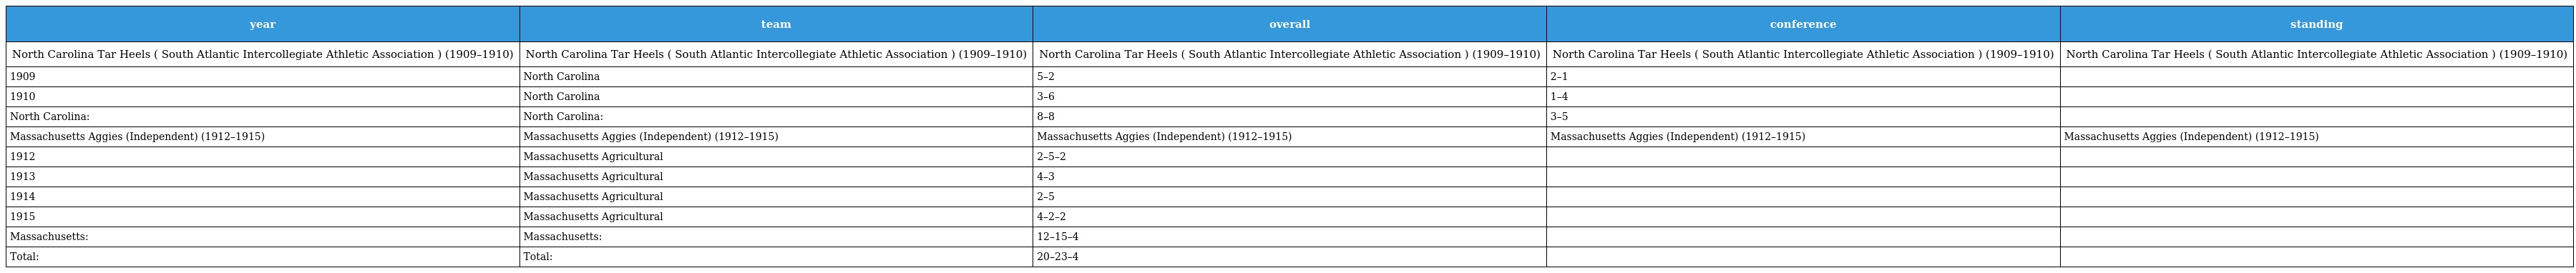
| year | team | overall | conference | standing |
 | --- | --- | --- | --- | --- |
 | North Carolina Tar Heels ( South Atlantic Intercollegiate Athletic Association ) (1909–1910) | North Carolina Tar Heels ( South Atlantic Intercollegiate Athletic Association ) (1909–1910) | North Carolina Tar Heels ( South Atlantic Intercollegiate Athletic Association ) (1909–1910) | North Carolina Tar Heels ( South Atlantic Intercollegiate Athletic Association ) (1909–1910) | North Carolina Tar Heels ( South Atlantic Intercollegiate Athletic Association ) (1909–1910) |
 | 1909 | North Carolina | 5–2 | 2–1 |  |
 | 1910 | North Carolina | 3–6 | 1–4 |  |
 | North Carolina: | North Carolina: | 8–8 | 3–5 |  |
 | Massachusetts Aggies (Independent) (1912–1915) | Massachusetts Aggies (Independent) (1912–1915) | Massachusetts Aggies (Independent) (1912–1915) | Massachusetts Aggies (Independent) (1912–1915) | Massachusetts Aggies (Independent) (1912–1915) |
 | 1912 | Massachusetts Agricultural | 2–5–2 |  |  |
 | 1913 | Massachusetts Agricultural | 4–3 |  |  |
 | 1914 | Massachusetts Agricultural | 2–5 |  |  |
 | 1915 | Massachusetts Agricultural | 4–2–2 |  |  |
 | Massachusetts: | Massachusetts: | 12–15–4 |  |  |
 | Total: | Total: | 20–23–4 |  |  |